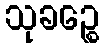
သုခဉ္စေ